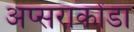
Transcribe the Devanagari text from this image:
अप्सराकोंडा